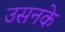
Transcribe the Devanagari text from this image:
उसनके